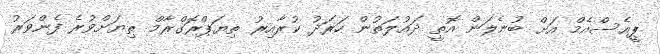
ޕީއެސްއެމް އަށް ބުނެލަން އޮތީ ދައުލަތުން ހަރަދު ކުރާއިރު ތިޔަޕްރޮގްރާމް ތިޔަށްވުރެ ފެންވަރު